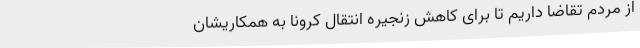
از مردم تقاضا داریم تا برای کاهش زنجیره انتقال کرونا به همکاریشان